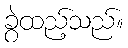
ခွဲထည့်သည်။